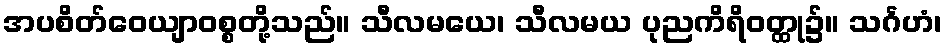
အပစိတ်ဝေယျာဝစ္စတို့သည်။ သီလမယေ၊ သီလမယ ပုညကိရိဝတ္ထု၌။ သင်္ဂဟံ၊